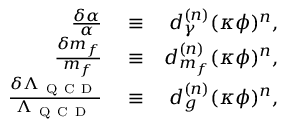
\begin{array} { r l r } { \frac { \delta \alpha } { \alpha } } & { { } \equiv } & { d _ { \gamma } ^ { ( n ) } ( \kappa \phi ) ^ { n } , } \\ { \frac { \delta m _ { f } } { m _ { f } } } & { { } \equiv } & { d _ { m _ { f } } ^ { ( n ) } ( \kappa \phi ) ^ { n } , } \\ { \frac { \delta \Lambda _ { \mathrm { ~ Q ~ C ~ D ~ } } } { \Lambda _ { \mathrm { ~ Q ~ C ~ D ~ } } } } & { { } \equiv } & { d _ { g } ^ { ( n ) } ( \kappa \phi ) ^ { n } , } \end{array}